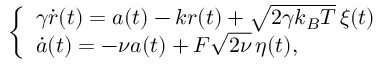
\left\{ \begin{array} { l l } { \gamma \dot { r } ( t ) = a ( t ) - k r ( t ) + \sqrt { 2 \gamma k _ { B } T } \, \xi ( t ) } & { } \\ { \dot { a } ( t ) = - \nu a ( t ) + F \sqrt { 2 \nu } \, \eta ( t ) , } \end{array} \right.